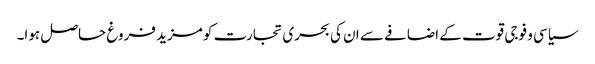
سیاسی و فوجی قوت کے اضافے سے ان کی بحری تجارت کو مزید فروغ حاصل ہوا۔